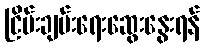
ငြိမ်းချမ်းရေးဆွေးနွေးရန်